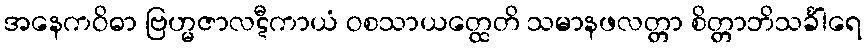
အနေကဝိဓာ ဗြဟ္မဇာလဋီကာယံ ဝစသာယတ္ထေတိ သမာနဖလတ္တာ စိတ္တာဘိသင်္ခါရေ